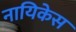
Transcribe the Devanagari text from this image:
नायिकेस